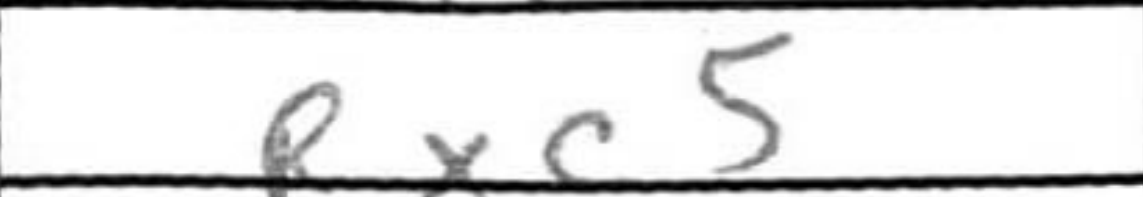
Transcription: Rxc5